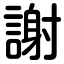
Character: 謝